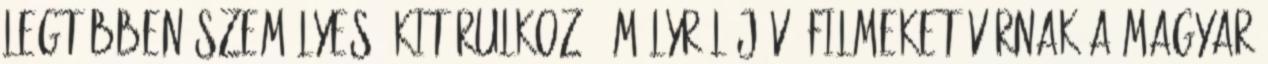
legtöbben személyes, kitárulkozó, mélyről jövő filmeket várnak a magyar